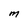
Character: M